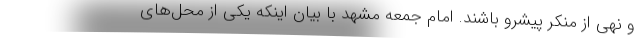
و نهی از منکر پیشرو باشند. امام جمعه مشهد با بیان اینکه یکی از محل‌های